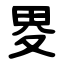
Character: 畟